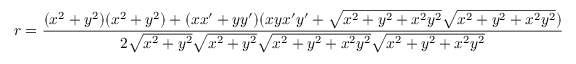
r = { \frac { ( x ^ { 2 } + y ^ { 2 } ) ( x ^ { 2 } + y ^ { 2 } ) + ( x x ^ { \prime } + y y ^ { \prime } ) ( x y x ^ { \prime } y ^ { \prime } + { \sqrt { x ^ { 2 } + y ^ { 2 } + x ^ { 2 } y ^ { 2 } } } { \sqrt { x ^ { 2 } + y ^ { 2 } + x ^ { 2 } y ^ { 2 } } } ) } { 2 { \sqrt { x ^ { 2 } + y ^ { 2 } } } { \sqrt { x ^ { 2 } + y ^ { 2 } } } { \sqrt { x ^ { 2 } + y ^ { 2 } + x ^ { 2 } y ^ { 2 } } } { \sqrt { x ^ { 2 } + y ^ { 2 } + x ^ { 2 } y ^ { 2 } } } } }